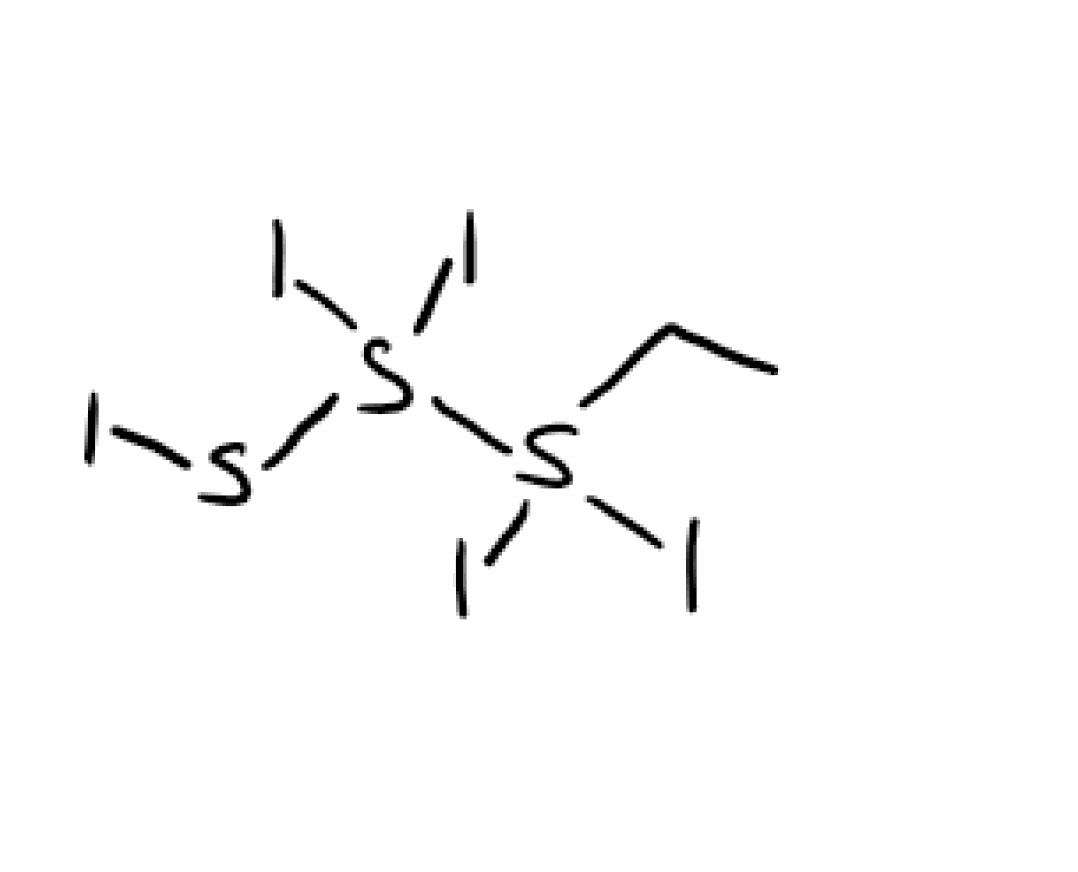
Simplified molecular-input line-entry system (SMILES) notation of the given molecule:
CCS(S(SI)(I)I)(I)I